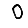
Digit: 0